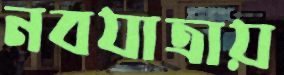
নবযাত্রায়